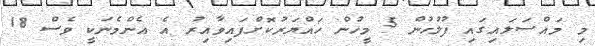
މި މައްސަލައިގައި ފުލުހުން 5 މީހުން ހައްޔަރުކޮށްފައިވާއިރު އެ އެންމެނަކީ ވެސް 18